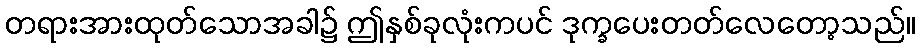
တရားအားထုတ်သောအခါ၌ ဤနှစ်ခုလုံးကပင် ဒုက္ခပေးတတ်လေတော့သည်။